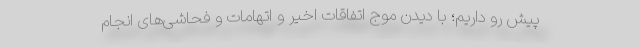
پیش رو داریم؛ با دیدن موج اتفاقات اخیر و اتهامات و فحاشی‌های انجام